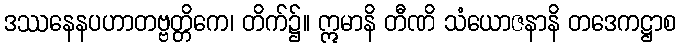
ဒဿနေနပဟာတဗ္ဗတ္တိကေ၊ တိက်၌။ ဣမာနိ တီဏိ သံယောဇနာနိ တဒေကဋ္ဌာစ